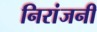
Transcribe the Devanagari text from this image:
निरांजनी